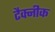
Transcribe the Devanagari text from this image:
टैक्नीक